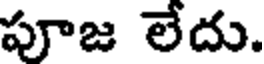
పూజ లేదు.